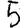
Digit: 5